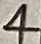
Text: 4